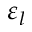
\varepsilon _ { l }